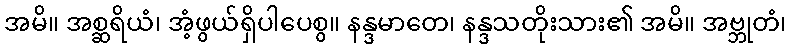
အမိ။ အစ္ဆရိယံ၊ အံ့ဖွယ်ရှိပါပေစွ။ နန္ဒမာတေ၊ နန္ဒသတိုးသား၏ အမိ။ အဗ္ဘုတံ၊